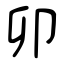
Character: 卯